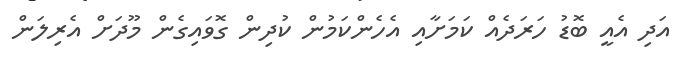
އަދި އެއީ ބޮޑު ހަރަދެއް ކަމަށާއި އެހެންކަމުން ކުދިން ގޮވައިގެން މޫދަށް އެރިލަން